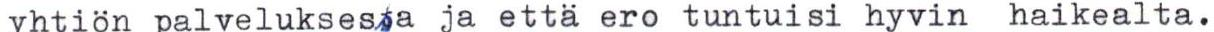
yhtiön palveluksessa ja että ero tuntuisi hyvin haikealta.